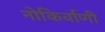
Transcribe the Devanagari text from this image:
नोकिर्वाणी